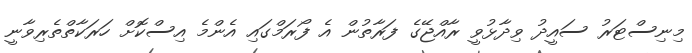
މިނިސްޓަރު ސައީދު ވިދާޅުވީ ރާއްޖޭގެ ފަރާތުން އެ ފޯރަމްގައި އެންމެ އިސްކޮށް ހަރަކާތްތެރިވާނީ